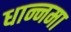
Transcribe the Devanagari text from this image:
धान्नमा